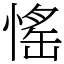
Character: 愮